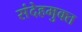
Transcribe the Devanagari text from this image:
संदेहमुक्त